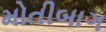
મોતીબાગ